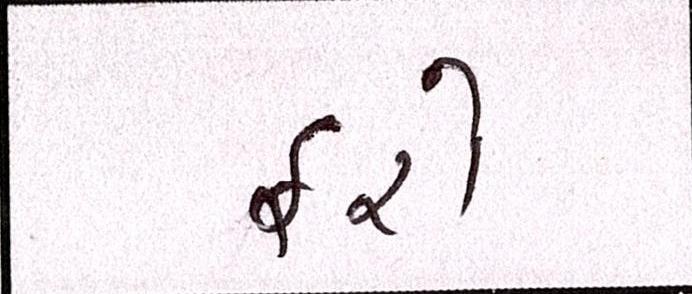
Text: ફરો